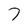
Character: 7